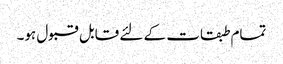
تمام طبقات کے لئے قابل قبول ہو۔